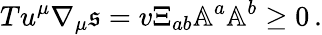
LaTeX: Tu^{\mu}\nabla_{\mu}\mathfrak{s}=v\Xi_{ab}\mathbb{A}^{a}\mathbb{A}^{b}\geq 0\, .